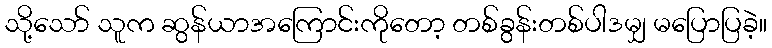
သို့သော် သူက ဆွန်ယာအကြောင်းကိုတော့ တစ်ခွန်းတစ်ပါဒမျှ မပြောပြခဲ့။